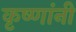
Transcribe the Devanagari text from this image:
कृष्णांनी